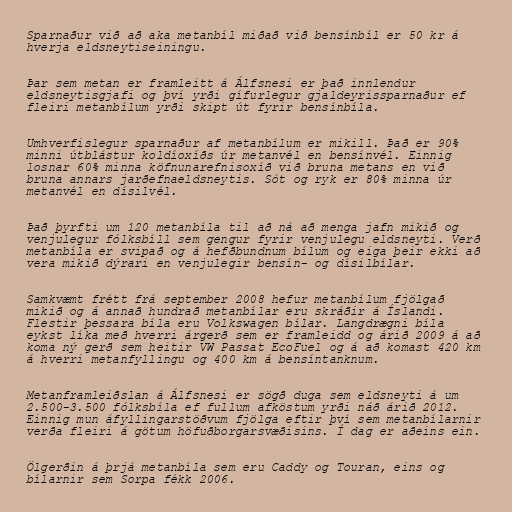
Sparnaður við að aka metanbíl miðað við bensínbíl er 50 kr á
hverja eldsneytiseiningu.

Þar sem metan er framleitt á Álfsnesi er það innlendur
eldsneytisgjafi og því yrði gífurlegur gjaldeyrissparnaður ef
fleiri metanbílum yrði skipt út fyrir bensínbíla.

Umhverfislegur sparnaður af metanbílum er mikill. Það er 90%
minni útblástur koldíoxíðs úr metanvél en bensínvél. Einnig
losnar 60% minna köfnunarefnisoxíð við bruna metans en við
bruna annars jarðefnaeldsneytis. Sót og ryk er 80% minna úr
metanvél en dísilvél.

Það þyrfti um 120 metanbíla til að ná að menga jafn mikið og
venjulegur fólksbíll sem gengur fyrir venjulegu eldsneyti. Verð
metanbíla er svipað og á hefðbundnum bílum og eiga þeir ekki að
vera mikið dýrari en venjulegir bensín- og dísilbílar.

Samkvæmt frétt frá september 2008 hefur metanbílum fjölgað
mikið og á annað hundrað metanbílar eru skráðir á Íslandi.
Flestir þessara bíla eru Volkswagen bílar. Langdrægni bíla
eykst líka með hverri árgerð sem er framleidd og árið 2009 á að
koma ný gerð sem heitir VW Passat EcoFuel og á að komast 420 km
á hverri metanfyllingu og 400 km á bensíntanknum.

Metanframleiðslan á Álfsnesi er sögð duga sem eldsneyti á um
2.500-3.500 fólksbíla ef fullum afköstum yrði náð árið 2012.
Einnig mun áfyllingarstöðvum fjölga eftir því sem metanbílarnir
verða fleiri á götum höfuðborgarsvæðisins. Í dag er aðeins ein.

Ölgerðin á þrjá metanbíla sem eru Caddy og Touran, eins og
bílarnir sem Sorpa fékk 2006.